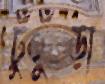
ঢুঁুঁড়া